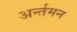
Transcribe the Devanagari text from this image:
अर्न्‍तमन